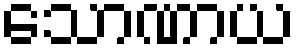
သောဏာယ